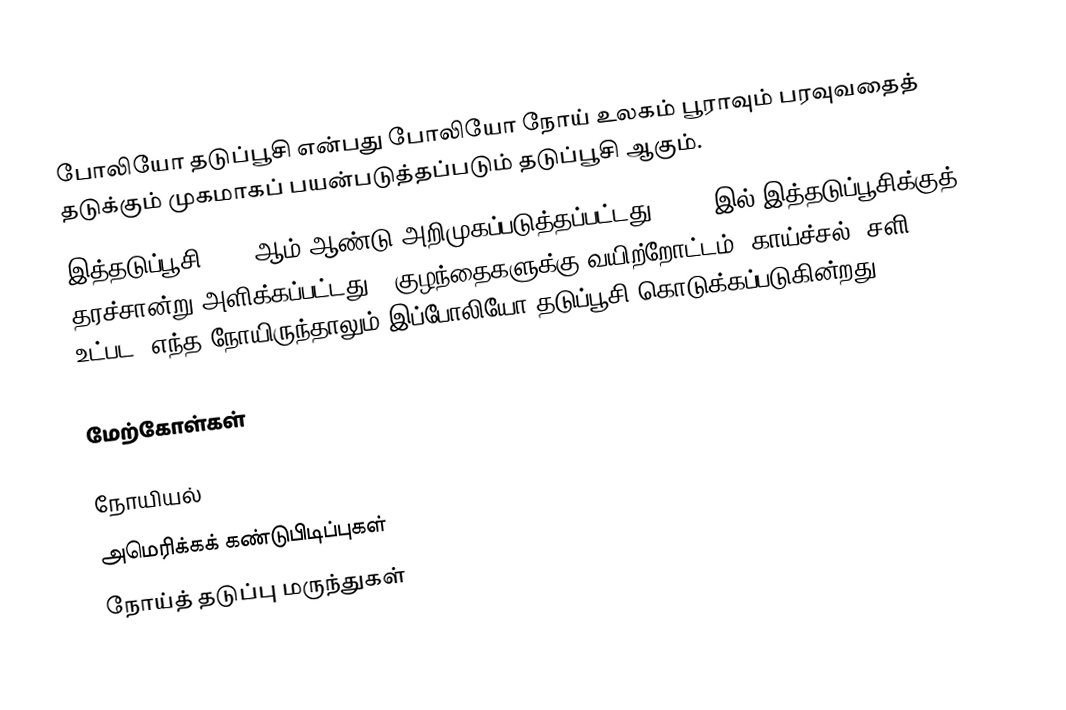
போலியோ தடுப்பூசி என்பது போலியோ நோய் உலகம் பூராவும் பரவுவதைத் தடுக்கும் முகமாகப் பயன்படுத்தப்படும் தடுப்பூசி ஆகும்.
இத்தடுப்பூசி 1957 ஆம் ஆண்டு அறிமுகப்படுத்தப்பட்டது, 1962 இல் இத்தடுப்பூசிக்குத் தரச்சான்று அளிக்கப்பட்டது.. குழந்தைகளுக்கு வயிற்றோட்டம், காய்ச்சல், சளி உட்பட, எந்த நோயிருந்தாலும் இப்போலியோ தடுப்பூசி கொடுக்கப்படுகின்றது.

மேற்கோள்கள்

நோயியல்
அமெரிக்கக் கண்டுபிடிப்புகள்
நோய்த் தடுப்பு மருந்துகள்